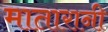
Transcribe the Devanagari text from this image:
मातारानी